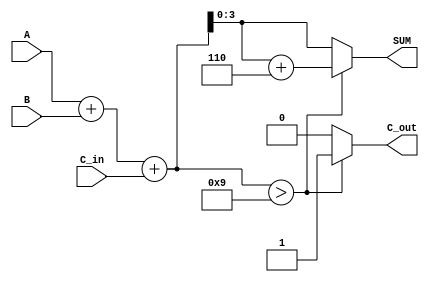
module bcd_adder (
    input  [3:0] A,      // 4-bit BCD input A
    input  [3:0] B,      // 4-bit BCD input B
    input        C_in,    // Carry input
    output reg [3:0] SUM, // 4-bit BCD output (sum)
    output reg C_out      // Carry output
);

    // Intermediate signals
    wire [4:0] R;         // 5-bit result of A + B + C_in
    wire correction_needed; // Flag to indicate if correction is needed

    // Binary addition
    assign R = A + B + C_in;

    // Check if correction is needed (R > 9)
    assign correction_needed = R > 9;

    always @(*) begin
        if (correction_needed) begin
            // If correction is needed, add 6 (0110 in binary)
            SUM = R + 5'b00110; // 6 in binary is 0110
            C_out = 1;           // Set carry out
        end else begin
            SUM = R[3:0];        // No correction, take the lower 4 bits
            C_out = 0;           // No carry out
        end
    end

endmodule